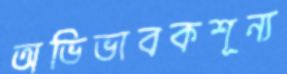
অভিভাবকশূন্য